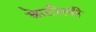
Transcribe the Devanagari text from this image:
केटीली